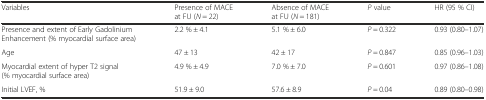
| Variables | Presence of MACE at FU (N = 22) | Absence of MACE at FU (N = 181) | P value | HR (95 % CI) |
 | --- | --- | --- | --- | --- |
 | Presence and extent of Early Gadolinium Enhancement (% myocardial surface area) | 2.2 % ± 4.1 | 5.1 % ± 6.0 | P = 0.322 | 0.93 (0.80–1.07) |
 | Age | 47 ± 13 | 42 ± 17 | P = 0.847 | 0.85 (0.96–1.03) |
 | Myocardial extent of hyper T2 signal (% myocardial surface area) | 4.9 % ± 4.9 | 7.0 % ± 7.0 | P = 0.601 | 0.97 (0.86–1.08) |
 | Initial LVEF, % | 51.9 ± 9.0 | 57.6 ± 8.9 | P = 0.04 | 0.89 (0.80–0.98) |